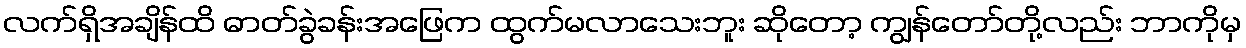
လက်ရှိအချိန်ထိ ဓာတ်ခွဲခန်းအဖြေက ထွက်မလာသေးဘူး ဆိုတော့ ကျွန်တော်တို့လည်း ဘာကိုမှ